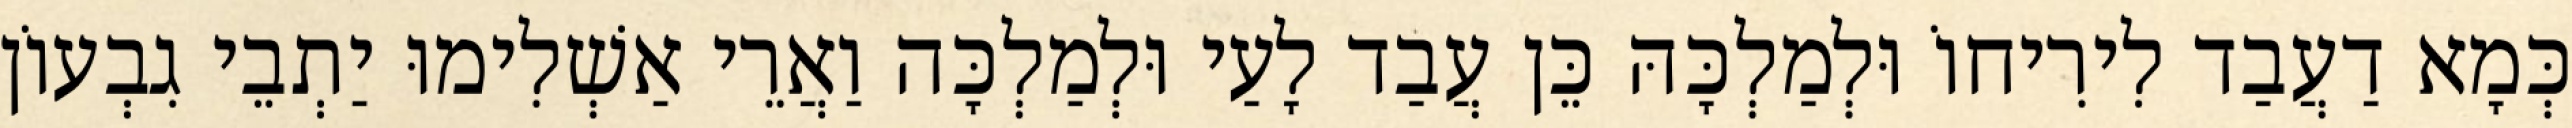
כְּמָא דַעֲבַד לִירִיחוֹ וּלְמַלְכָּהּ כֵּן עֲבַד לָעַי וּלְמַלְכָּה וַאֲרֵי אַשְׁלִימוּ יַתְבֵי גִבְעוֹן